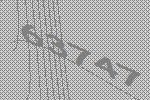
63747